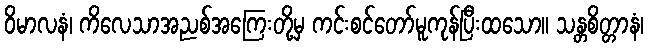
ဝိမာလနံ၊ ကိလေသာအညစ်အကြေးတို့မှ ကင်းစင်တော်မူကုန်ပြီးထသော။ သန္တစိတ္တာနံ၊